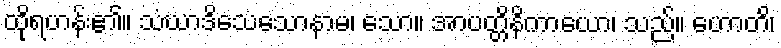
ထိုရဟန်း၏။ သံဃာဒိသေသောနာမ၊ သော။ အာပတ္တိနိကာယော၊ သည်။ ဟောတိ၊